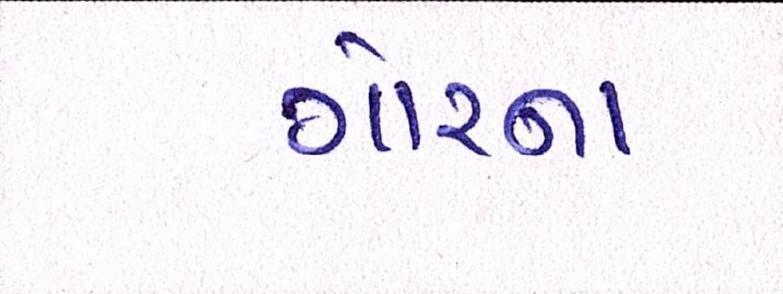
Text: ગોરના